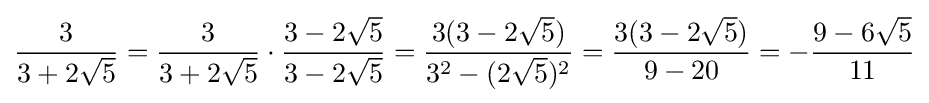
{\frac {3}{3+2{\sqrt {5}}}}={\frac {3}{3+2{\sqrt {5}}}}\cdot {\frac {3-2{\sqrt {5}}}{3-2{\sqrt {5}}}}={\frac {3(3-2{\sqrt {5}})}{{3}^{2}-(2{\sqrt {5}})^{2}}}={\frac {3(3-2{\sqrt {5}})}{9-20}}=-{\frac {9-6{\sqrt {5}}}{11}}